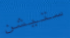
ستيشن